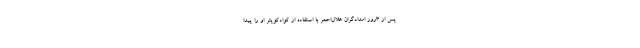
پس از 3روز امدادگران هلال‌احمر با استفاده از کوادکوپتر او را پیدا